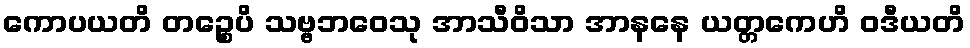
ကောပယတိ တဉ္စေပိ သဗ္ဗဘဝေသု အာသီဝိသာ အာနနေ ယတ္တကေဟိ ဝဒီယတိ